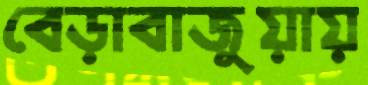
বেড়াবাজুয়ায়